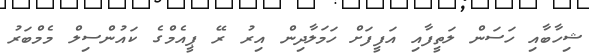
ޝިހާބާއި ހަސަން ލަތީފާއި އަފީފަށް ހަމަލާދިން އިރު ރޭ ޕީއެމްގެ ކައުންސިލް މެމްބަރު